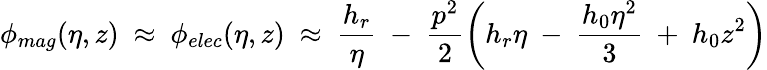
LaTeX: \phi_{mag}(\eta,z)~\approx~\phi_{elec}(\eta,z)~\approx~\frac{h_{r}}\eta~-~\frac{p^{2}}{2}\left(h_{r}\eta~-~\frac{h_{0}\eta^{2}}{3}~+~h_{0}z^{2}\right)